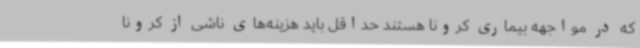
که در مواجهه بیماری کرونا هستند حداقل باید هزینه‌های ناشی از کرونا